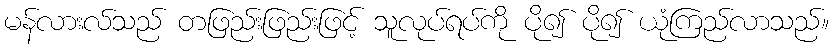
မန်လားလ်သည် တဖြည်းဖြည်းဖြင့် သူလုပ်ရပ်ကို ပို၍ ပို၍ ယုံကြည်လာသည်။